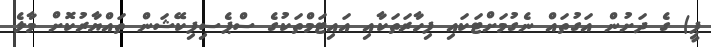
ޕީ) ގެ ދަށުން އަގުތައް ނެގުމަށްޓަކައި ފިހާރަތަކާއި އައިޓަމްތަކުގެ ސްޕެސިފިކޭޝަން ތައްޔާރުކޮށް މާލެ